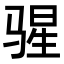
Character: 𬴄